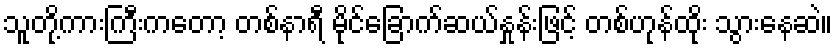
သူတို့ကားကြီးကတော့ တစ်နာရီ မိုင်ခြောက်ဆယ်နှုန်းဖြင့် တစ်ဟုန်ထိုး သွားနေဆဲ။